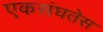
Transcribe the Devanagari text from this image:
एकसंघतेस